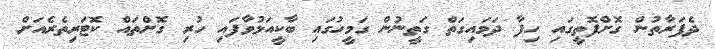
ދެފަރާތުން ގޮށްފޮތީގައި ހިފާ ދަމައިގަތް ގަތީނުން ގަމީހުގައި ބާކީއަޅުވާފައި ހުރި ގޮށްތައް ކޮޓަރިތެރެއަށް